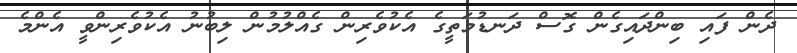
ދެން ފައި ބިންދައިގެން ގޮސް ދަނޑުމަތީގެ އެކުވެރިން ގެއްލުމުން ލިބުނު އެކުވެރިންވީ އެންމެ